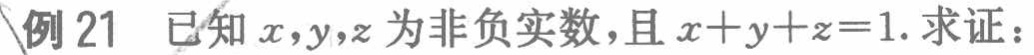
例21 已知\(x,y,z\)为非负实数，且\(x + y + z = 1\). 求证：